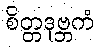
စိတ္တဒုဗ္ဘကံ